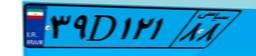
۶۷D۸۱۴۸۸